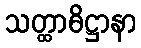
သတ္ထာဓိဋ္ဌာနာ